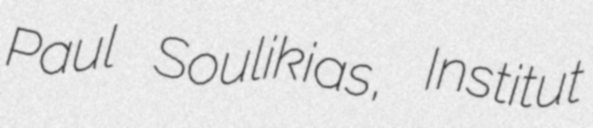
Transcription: Paul Soulikias, Institut